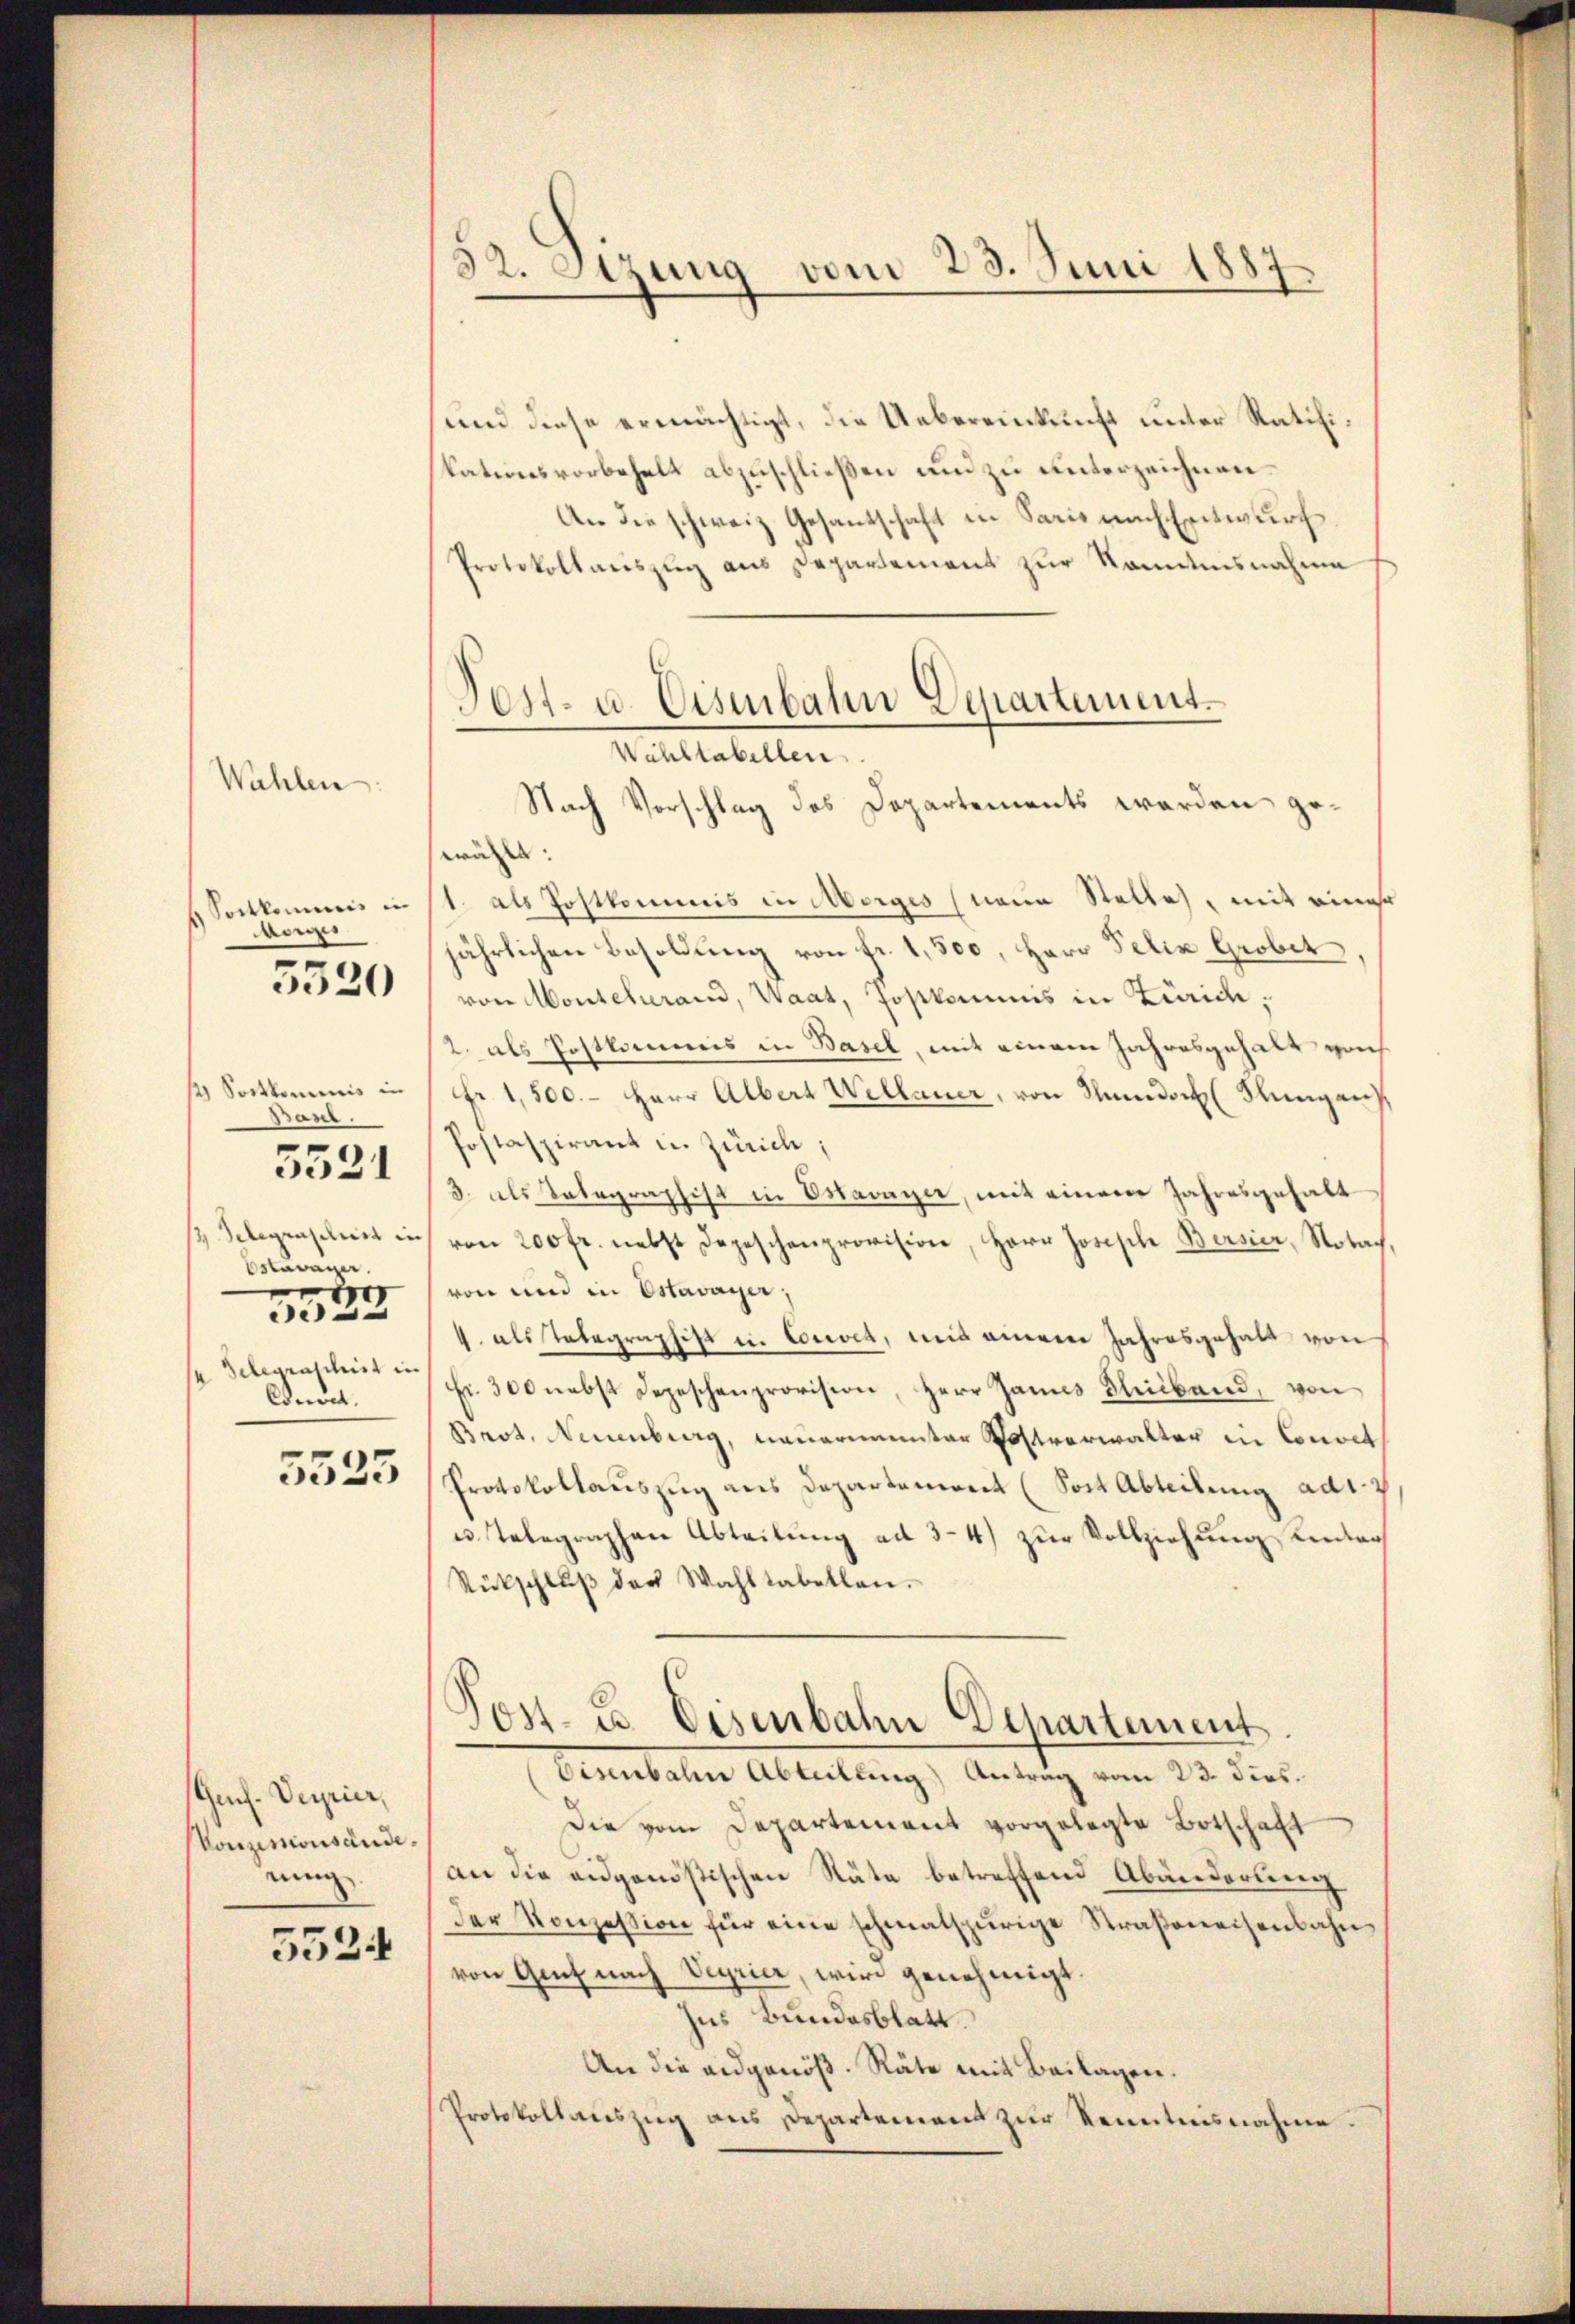
Wahlen

Sortkommnis in
aon
5520

1 Sortkominis in
Bant.
 Telegraschirt in
Estavayer.
ve
e
se Gelegraschich in
Cdnet.

5521

5523

Gen. Dupier,
skonzisionsände.
ning

5524

32. Stzung vom 23. Juni 1887

und diese ermächtigt, die Uebereinkunft unter Ratifiskationsvorbehalt abzuschließen und zu unterzeichnen.
An die schweiz Gesantschaft in Paris nach Entwurf
Protokollauszug aus Departement zŭr Kenntnisnahme
wählt.
1. als Postkommis in Morges (neue Stelle, mit einer
jährlichen Besoldung von Fr. 1,500, Herr Felix Grobet
von Montcherand, Waat, Postkommis in Zürich,
2 als Postkommis in Basel, mit einem Jahresgehalt vorh
Fr. 1,500.- Herr Albert Wellauer, von Mundorf (Flungen
Postaspirant in Zürich;
3. als Telegraphist in Estavayer, mit einem Jahresgehalt
von 200 fr. nebst Depeschenprovision, Herr Joseph Bersier, Nobach,
von und in Estavayer,
4. als Tabegraphist in Convia, mit einem Jahresgehalt von
Fr. 300 nebst Depeschenprovision, Herr Janus Bleibend, von
Brot. Neuenburg, Nauernannter Postverwalter in Convit
Protokollauszug aus Departement (Sont Abteilung ad 1. 4
u. Telegraphen Abteilung ad 3-4) zur Vollziehung Kentar
Rückschlŭβ der Wahltabellen.
Jos. E. Eisenbahn Departement
Eisenbalen Abteilung) Antrag vom 23. dies.
Die vom Departement vorgelegte Botschaft
an die eidgenößischen Räte betreffend Abänderung
Der Konzession für eine schmalspurige Straßenechenbahn
von Gut nach Viyrier, wird genehmigt
Ins Bundesblatt
An die andgenöß. Räte mit Beilagen.
Protokollaŭszŭg ans Departement zŭr Kenntnisnahme

Post- u. Eisenbahn Departement
Wohltabellen
Nach Vorschlag des Departements werden ge¬